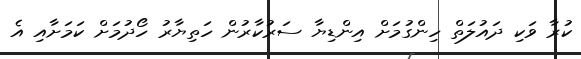
ކުރާ ވަކި ދައުލަތް ހިންގުމަށް އިންޑިޔާ ސަރުކާރުން ހަތިޔާރު ހޯދުމަށް ކަމަށާއި އެ